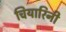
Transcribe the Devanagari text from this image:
चियारिनी